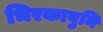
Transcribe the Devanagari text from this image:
भिरकावुनि